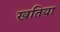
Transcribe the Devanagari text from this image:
खतिया